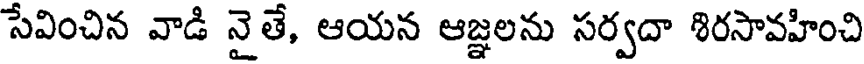
సేవించిన వాడి నైతే, ఆయన ఆజ్ఞలను సర్వదా శిరసావహించి